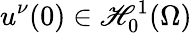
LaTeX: u^{\nu}(0)\in\mathscr{H}_{0}^{1}(\Omega)